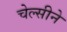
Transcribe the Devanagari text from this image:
चेल्सीने